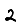
Digit: 2